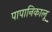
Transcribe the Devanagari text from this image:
पापानिकालू